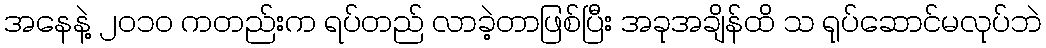
အနေနဲ့ ၂ဝ၁ဝ ကတည်းက ရပ်တည် လာခဲ့တာဖြစ်ပြီး အခုအချိန်ထိ သ ရုပ်ဆောင်မလုပ်ဘဲ